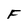
Character: F